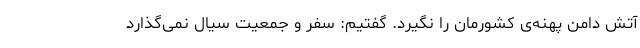
آتش دامن پهنه‌ی کشورمان را نگیرد. گفتیم: سفر و جمعیت سیال نمی‌گذارد